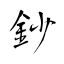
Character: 鈔